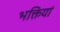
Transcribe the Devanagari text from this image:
भक्तियां